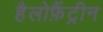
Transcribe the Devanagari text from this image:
हैलोफ़ैंट्रीन